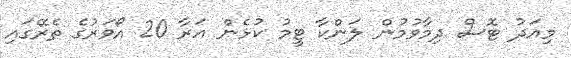
މިއަދު ޓޮސް ދިމާވުމުން ލަންކާ ޓީމު ކުޅެން އަރާ 20 އޯވަރުގެ ތެރޭގައި